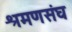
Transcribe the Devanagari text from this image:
श्रमणसंघ